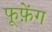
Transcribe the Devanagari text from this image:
फूफ़ेंग